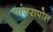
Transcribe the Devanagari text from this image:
पांजरापोल